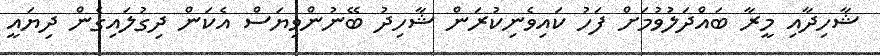
ޝާހިދާއި މީރާ ބައްދަލުވުމަށް ފަހު ކައިވެނިކުރަން ޝާހިދު ބޭނުންވިޔަސް އެކަން ދިގުލައިގެން ދިޔައީ